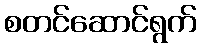
စတင်ဆောင်ရွက်